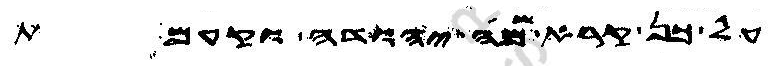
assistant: על כן קרא שמה יהודה וקעמת